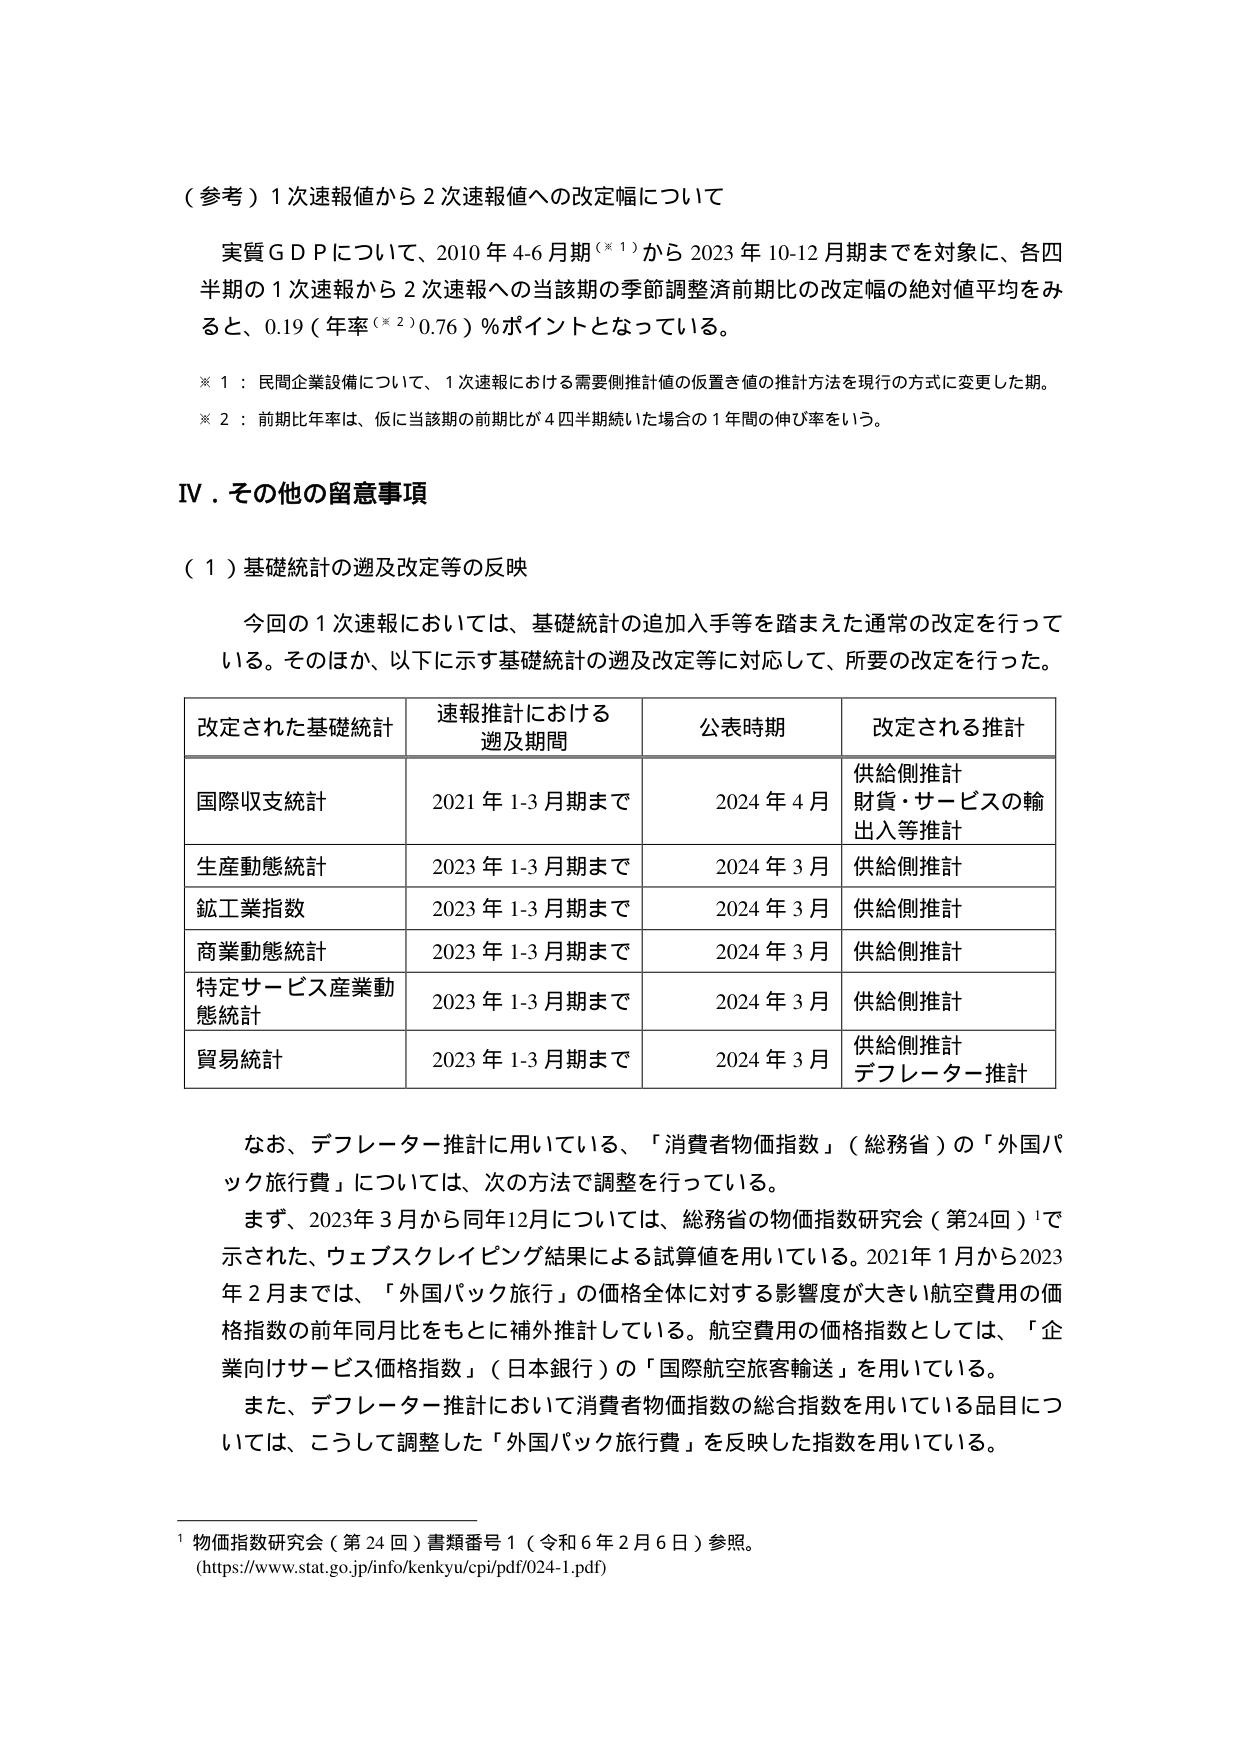
（参考）1次速報値から2次速報値への改定幅について

実質ＧＤＰについて、2010年4-6月期（※1）から2023年10-12月期までを対象に、各四半期の1次速報から2次速報への当該期の季節調整済前期比の改定幅の絶対値平均をみると、0.19（年率（※2）0.76）％ポイントとなっている。

※1：民間企業設備について、1次速報における需要側推計値の仮置き値の推計方法を現行の方式に変更した期。
※2：前期比年率は、仮に当該期の前期比が4四半期続いた場合の1年間の伸び率をいう。

Ⅳ．その他の留意事項

（1）基礎統計の遡及改定等の反映

今回の1次速報においては、基礎統計の追加入手等を踏まえた通常の改定を行っている。そのほか、以下に示す基礎統計の遡及改定等に対応して、所要の改定を行った。

| 改定された基礎統計 | 速報推計における遡及期間 | 公表時期 | 改定される推計 |
|------------------|------------------------|----------|--------------|
| 国際収支統計     | 2021年1-3月期まで      | 2024年4月 | 供給側推計<br>財貨・サービスの輸出入等推計 |
| 生産動態統計     | 2023年1-3月期まで      | 2024年3月 | 供給側推計     |
| 鉱工業指数       | 2023年1-3月期まで      | 2024年3月 | 供給側推計     |
| 商業動態統計     | 2023年1-3月期まで      | 2024年3月 | 供給側推計     |
| 特定サービス産業動態統計 | 2023年1-3月期まで | 2024年3月 | 供給側推計     |
| 貿易統計         | 2023年1-3月期まで      | 2024年3月 | 供給側推計<br>デフレーター推計 |

なお、デフレーター推計に用いている、「消費者物価指数」（総務省）の「外国パック旅行費」については、次の方法で調整を行っている。

まず、2023年3月から同年12月については、総務省の物価指数研究会（第24回）¹で示された、ウェブスクレイピング結果による試算値を用いている。2021年1月から2023年2月までは、「外国パック旅行」の価格全体に対する影響度が大きい航空費用の価格指数の前年同月比をもとに補外推計している。航空費用の価格指数としては、「企業向けサービス価格指数」（日本銀行）の「国際航空旅客輸送」を用いている。

また、デフレーター推計において消費者物価指数の総合指数を用いている品目については、こうして調整した「外国パック旅行費」を反映した指数を用いている。

¹ 物価指数研究会（第24回）書類番号1（令和6年2月6日）参照。
(https://www.stat.go.jp/info/kenkyu/cpi/pdf/024-1.pdf)